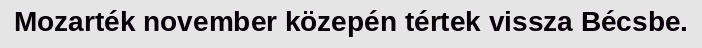
Mozarték november közepén tértek vissza Bécsbe.